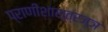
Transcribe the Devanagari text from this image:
प्राणीशास्त्रज्ञ